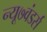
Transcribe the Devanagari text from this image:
न्यू७वंडर्स